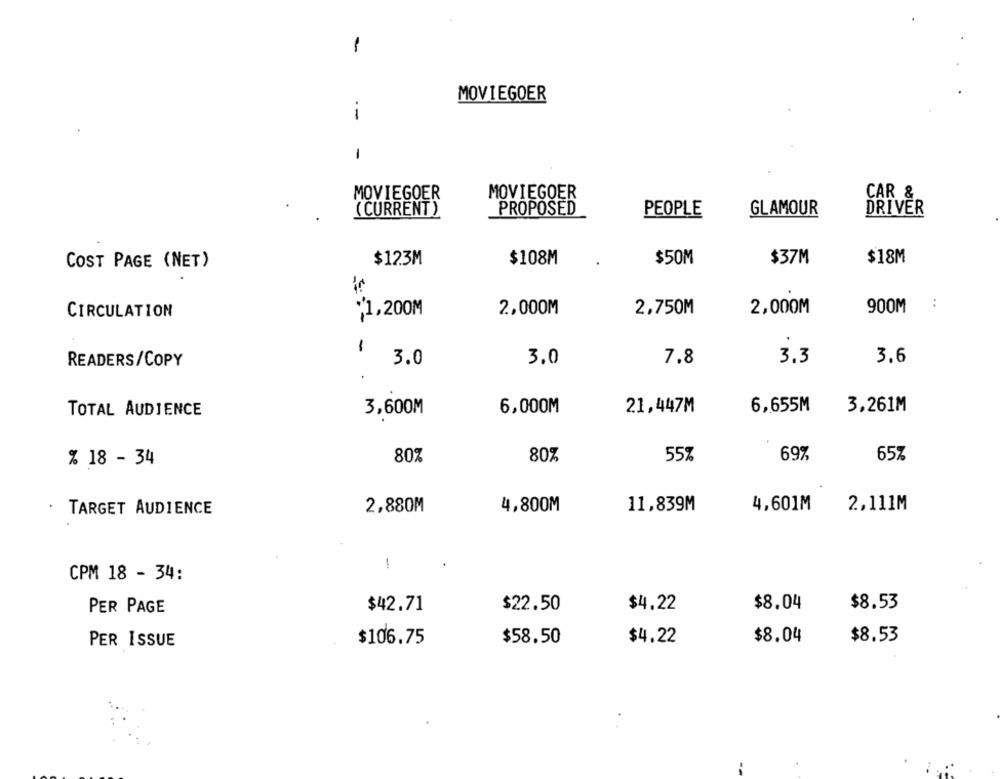
-
MOVIEGOER
-
-
MOVIEGOER
MOVIEGOER
CAR &
( CURRENT )
PROPOSED
GLAMOUR
PEOPLE
DRIVER
COST PAGE (NET)
$123M
$108M
$50M
$37M
$18M
:
1,200M
2,000M
2,750M
2,000M
900M
CIRCULATION
-
READERS/COPY
3.0
3.0
7.8
3.3
3.6
TOTAL AUDIENCE
3,600M
6,000M
21,447M
6,655M
3,261M
80%
80%
55%
69%
65%
% 18 - 34
4,601M
2,111M
TARGET AUDIENCE
2,880M
4,800M
11,839M
!
CPM 18 - 34:
PER PAGE
$42.71
$22.50
$4.22
$8.04
$8.53
$4.22
$8.04
$8.53
PER ISSUE
$106.75
$58.50